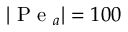
| \mathrm { ~ P ~ e ~ } _ { a } | = 1 0 0